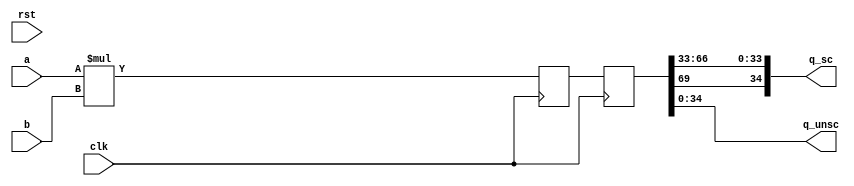
module multfix_1(clk, rst, a, b, q_sc, q_unsc);
						   parameter WIDTH=35;
						   input [WIDTH-1:0]    a,b; 
						   output [WIDTH-1:0]          q_sc;
						   output [WIDTH-1:0]              q_unsc;
						   input                       clk, rst;
               reg [2*WIDTH-1:0]    q_0; 
               reg [2*WIDTH-1:0]    q_1; 
						   wire [2*WIDTH-1:0]   res; 
						   assign                      res = q_1;
						   assign                      q_unsc = res[WIDTH-1:0];
						   assign                      q_sc = {res[2*WIDTH-1], res[2*WIDTH-4:WIDTH-2]};
						   always @(posedge clk) begin
						      q_0 <= a * b;
                  q_1 <= q_0;
						   end
						endmodule